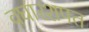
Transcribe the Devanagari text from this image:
वघारशपत